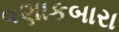
વણાકબારા